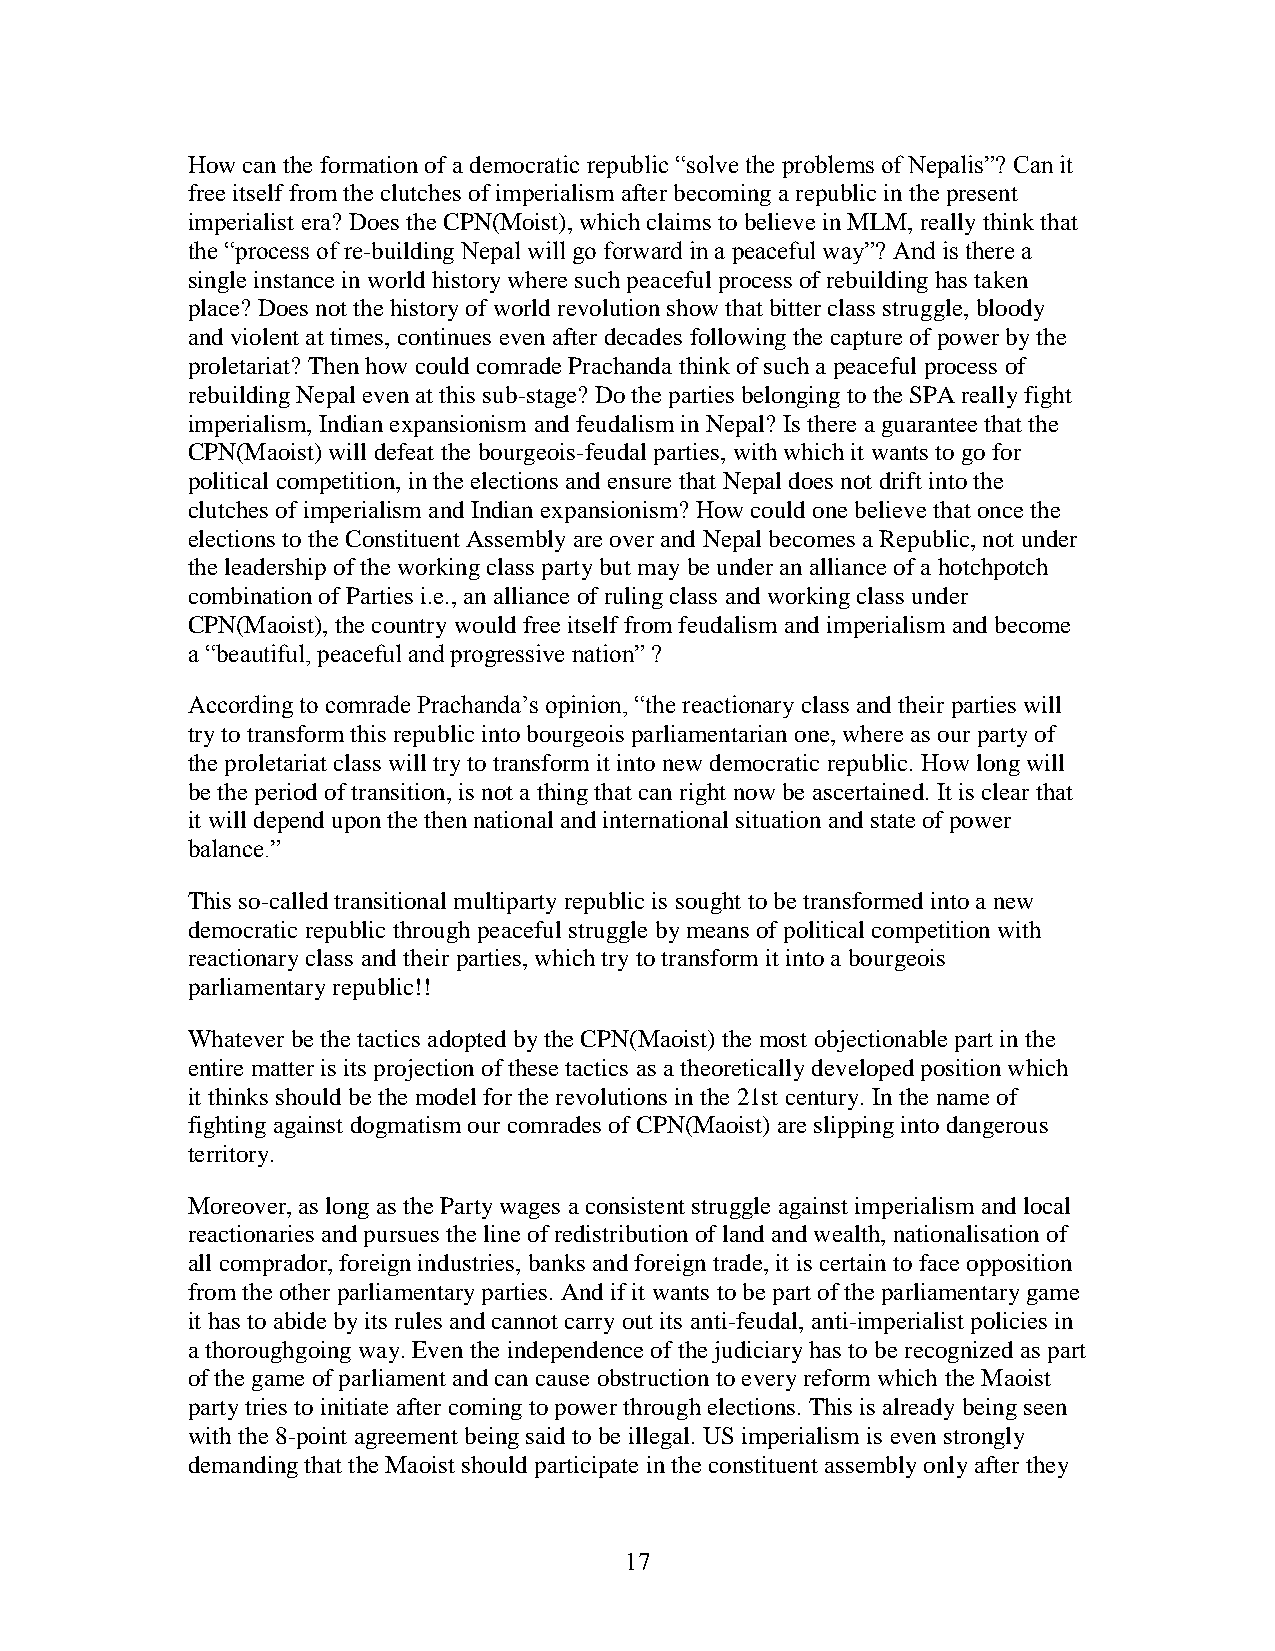
How can the formation of a democratic republic ―solve the problems of Nepalis‖? Can it
 free itself from the clutches of imperialism after becoming a republic in the present
 imperialist era? Does the CPN(Moist), which claims to believe in MLM, really think that
 the ―process of re-building Nepal will go forward in a peaceful way‖? And is there a
 single instance in world history where such peaceful process of rebuilding has taken
 place? Does not the history of world revolution show that bitter class struggle, bloody
 and violent at times, continues even after decades following the capture of power by the
 proletariat? Then how could comrade Prachanda think of such a peaceful process of
 rebuilding Nepal even at this sub-stage? Do the parties belonging to the SPA really fight
 imperialism, Indian expansionism and feudalism in Nepal? Is there a guarantee that the
 CPN(Maoist) will defeat the bourgeois-feudal parties, with which it wants to go for
 political competition, in the elections and ensure that Nepal does not drift into the
 clutches of imperialism and Indian expansionism? How could one believe that once the
 elections to the Constituent Assembly are over and Nepal becomes a Republic, not under
 the leadership of the working class party but may be under an alliance of a hotchpotch
 combination of Parties i.e., an alliance of ruling class and working class under
 CPN(Maoist), the country would free itself from feudalism and imperialism and become
 a ―beautiful, peaceful and progressive nation‖ ?
 According to comrade Prachanda‘s opinion, ―the reactionary class and their parties will
 try to transform this republic into bourgeois parliamentarian one, where as our party of
 the proletariat class will try to transform it into new democratic republic. How long will
 be the period of transition, is not a thing that can right now be ascertained. It is clear that
 it will depend upon the then national and international situation and state of power
 balance.‖
 This so-called transitional multiparty republic is sought to be transformed into a new
 democratic republic through peaceful struggle by means of political competition with
 reactionary class and their parties, which try to transform it into a bourgeois
 parliamentary republic!!
 Whatever be the tactics adopted by the CPN(Maoist) the most objectionable part in the
 entire matter is its projection of these tactics as a theoretically developed position which
 it thinks should be the model for the revolutions in the 21st century. In the name of
 fighting against dogmatism our comrades of CPN(Maoist) are slipping into dangerous
 territory.
 Moreover, as long as the Party wages a consistent struggle against imperialism and local
 reactionaries and pursues the line of redistribution of land and wealth, nationalisation of
 all comprador, foreign industries, banks and foreign trade, it is certain to face opposition
 from the other parliamentary parties. And if it wants to be part of the parliamentary game
 it has to abide by its rules and cannot carry out its anti-feudal, anti-imperialist policies in
 a thoroughgoing way. Even the independence of the judiciary has to be recognized as part
 of the game of parliament and can cause obstruction to every reform which the Maoist
 party tries to initiate after coming to power through elections. This is already being seen
 with the 8-point agreement being said to be illegal. US imperialism is even strongly
 demanding that the Maoist should participate in the constituent assembly only after they
 17